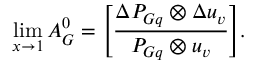
\operatorname * { l i m } _ { x \to 1 } A _ { G } ^ { 0 } = \Biggl [ { \frac { \Delta P _ { G q } \otimes \Delta u _ { v } } { P _ { G q } \otimes u _ { v } } } \Biggr ] .